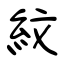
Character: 紋